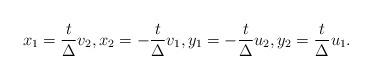
LaTeX: \begin{align*}x_{1}=\frac{t}{\Delta}v_{2}, x_{2}=-\frac{t}{\Delta}v_{1}, y_{1}=-\frac{t}{\Delta}u_{2}, y_{2}=\frac{t}{\Delta}u_{1}.\end{align*}